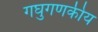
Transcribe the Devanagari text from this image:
गघुगणकीय